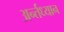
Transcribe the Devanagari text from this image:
अर्न्‍तध्‍यान